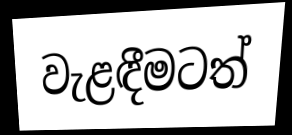
වැළඳීමටත්